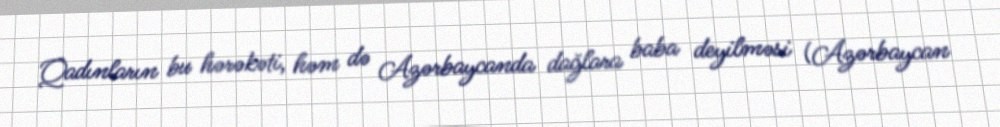
Qadınların bu hərəkəti, həm də Azərbaycanda dağlara baba deyilməsi (Azərbaycan